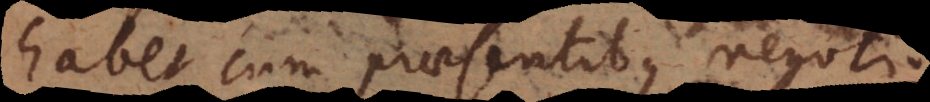
habet cum praesentibus negotiis